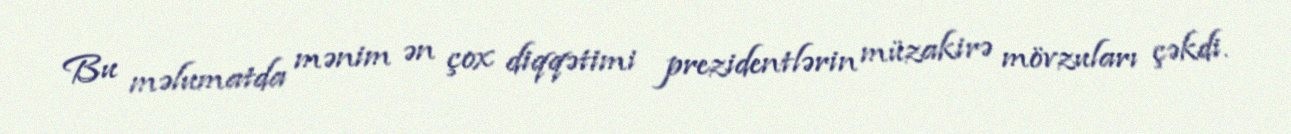
Bu məlumatda mənim ən çox diqqətimi prezidentlərin müzakirə mövzuları çəkdi.